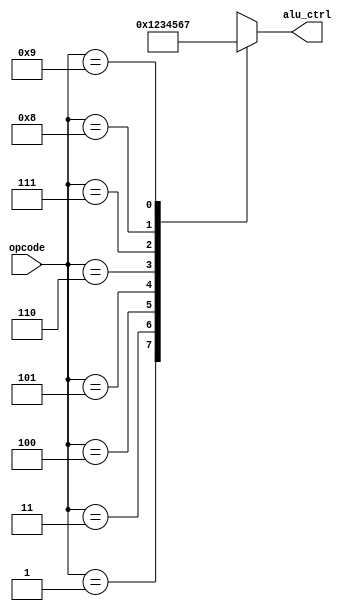
module alu_controller(opcode, alu_ctrl);
    input [3:0] opcode;
    output [3:0] alu_ctrl;

    assign alu_ctrl = alu_control(opcode);

    function [3:0] alu_control(input [3:0] opcode);
        begin
            case(opcode)
                4'b0001: alu_control = 4'b0000;
                4'b0011: alu_control = 4'b0001;
                4'b0100: alu_control = 4'b0010;
                4'b0101: alu_control = 4'b0011;
                4'b0110: alu_control = 4'b0100;
                4'b0111: alu_control = 4'b0101;
                4'b1000: alu_control = 4'b0110;
                4'b1001: alu_control = 4'b0111;
            endcase
        end
    endfunction
endmodule